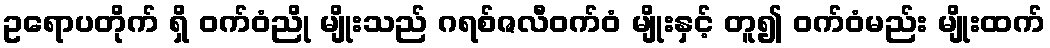
ဥရောပတိုက် ရှိ ဝက်ဝံညို မျိုးသည် ဂရစ်ဇလီဝက်ဝံ မျိုးနှင့် တူ၍ ဝက်ဝံမည်း မျိုးထက်